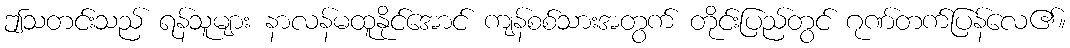
ဤသတင်းသည် ရန်သူများ နာလန်မထူနိုင်အောင် ကျန်စစ်သားအတွက် တိုင်းပြည်တွင် ဂုဏ်တက်ပြန်လေ၏။